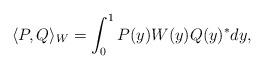
LaTeX: \begin{align*}\langle P,Q\rangle_W=\int_0^1 P(y)W(y)Q(y)^*dy, \end{align*}